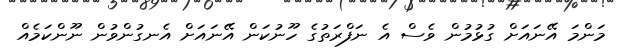
މަންމަ އޭނައަށް ގުޅުމުން ވެސް އެ ނަފްރަތުގެ ހޫނުކަން އޭނައަށް އެނގުންވުން ނޫންކަމެއް